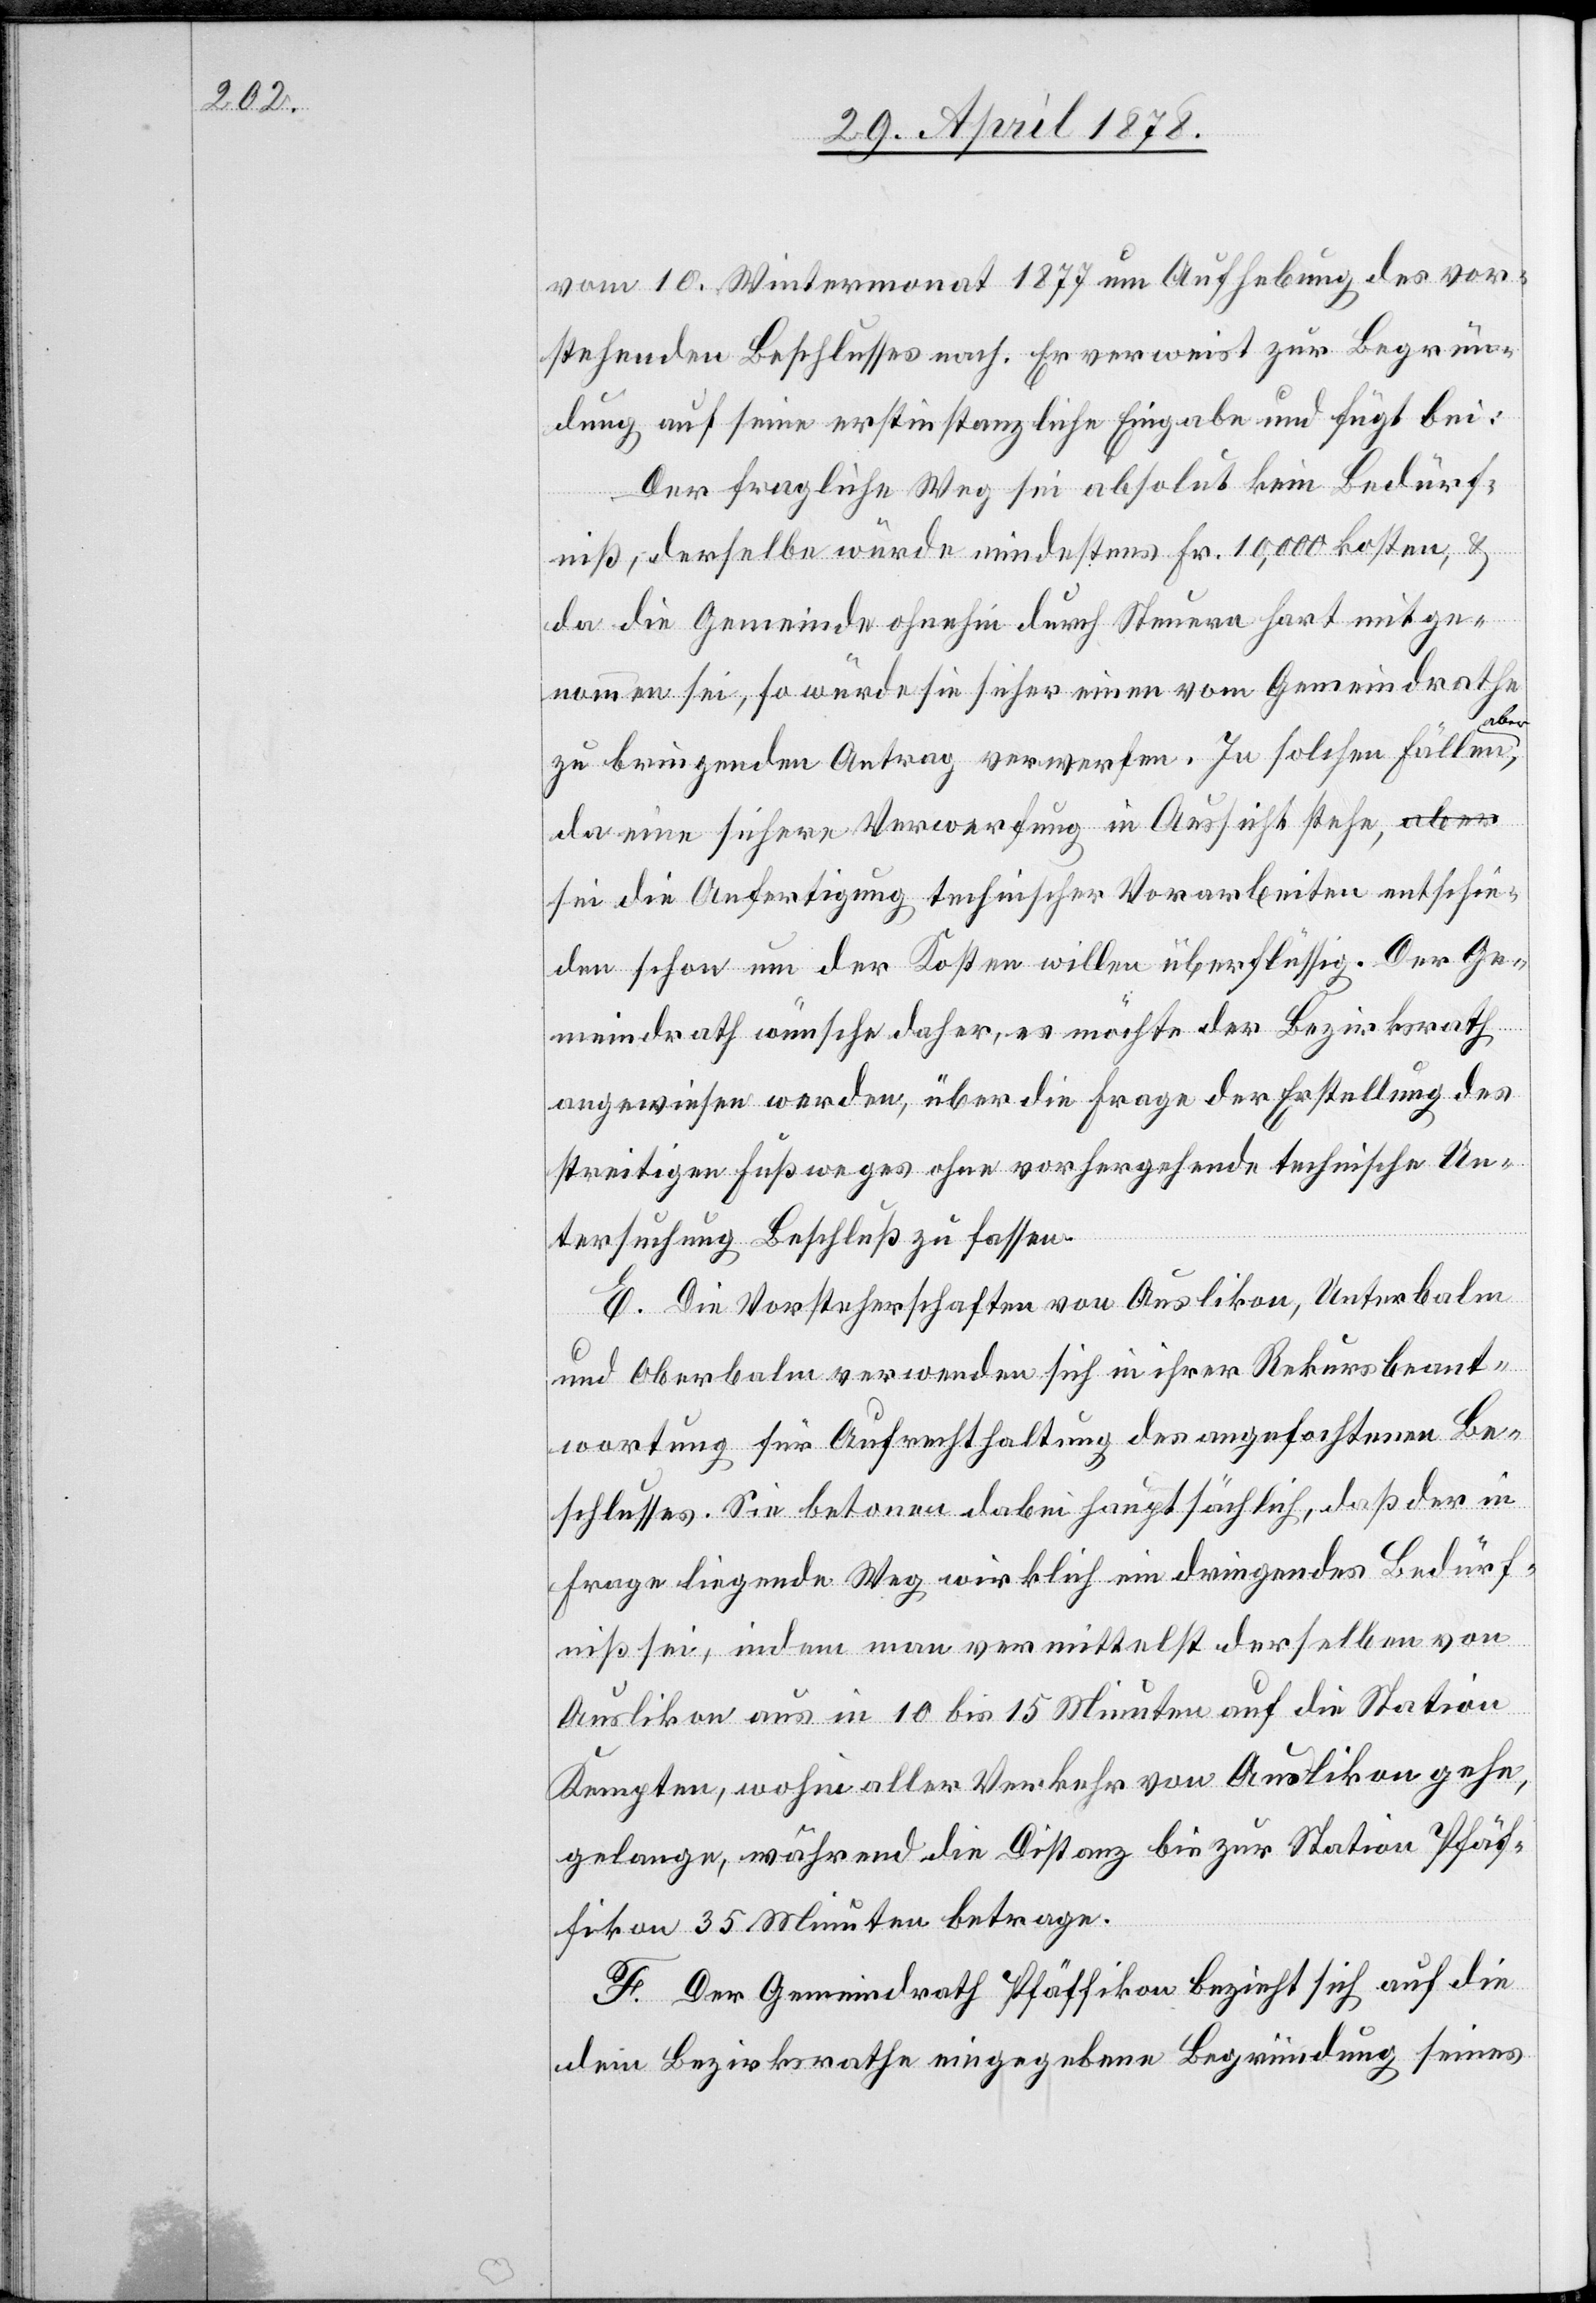
vom 10. Wintermonat 1877 um Aufhebung des vor¬
stehenden Beschlusses nach. Er verweist zur Begrün¬
dung auf seine erstinstanzliche Eingabe und fügt bei:
Der fragliche Weg sei absolut kein Bedürf¬
niß, derselbe würde mindestens Fr. 10,000 kosten, &
da die Gemeinde ohnehin durch Steuern hart mitge¬
nommen sei, so würde sie sicher einen vom Gemeindrathe
aber,
zu bringenden Antrag verwerfen. In solchen Fällen
da eine sichere Verwerfung in Aussicht stehe, se¬
i die Anfertigung technischer Vorarbeiten entschie¬
den schon um der Kosten willen überflüssig. Der Ge¬
meindrath wünsche daher, es möchte der Bezirksrath
angewiesen werden, über die Frage der Erstellung des
streitigen Fußweges ohne vorhergehende technische Un¬
tersuchung Beschluß zu fassen.
E. Die Vorsteherschaften von Auslikon, Unterbalm
und Oberbalm verwenden sich in ihrer Rekursbeant¬
wortung für Aufrechthaltung des angefochtenen Be¬
schlusses. Sie betonen dabei hauptsächlich, daß der in
Frage liegende Weg wirklich ein dringendes Bedürf¬
niß sei, indem man vermittelst derselben von
Auslikon aus in 10 bis 15 Minuten auf die Station
Kempten, wohin aller Verkehr von Auslikon gehe,
gelange, während die Distanz bis zur Station Pfäf¬
fikon 35 Minuten betrage.
F. Der Gemeindrath Pfäffikon bezieht sich auf die
dem Bezirksrathe eingegebene Begründung seines